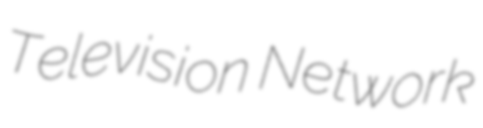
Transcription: Television Network